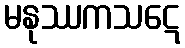
မနုဿကသဋေ